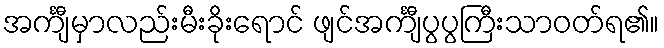
အင်္ကျီမှာလည်းမီးခိုးရောင် ဖျင်အင်္ကျီပွပွကြီးသာဝတ်ရ၏။